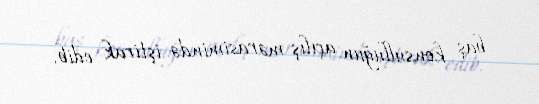
baş konsulluğun açılış mərasimində iştirak edib.